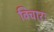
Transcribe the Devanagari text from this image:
विचारः